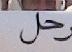
حل